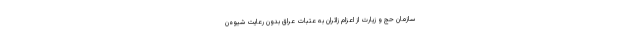
سازمان حج و زیارت از اعزام زائران به عتبات عراق بدون رعایت شیوه‌ن